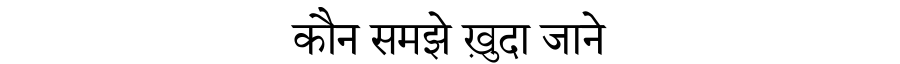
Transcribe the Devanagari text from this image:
कौन समझे ख़ुदा जाने